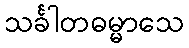
သင်္ခါတဓမ္မာသေ